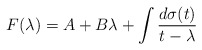
\begin{align*}F(\lambda) = A + B\lambda + \int\frac{d\sigma(t)}{t-\lambda}\end{align*}